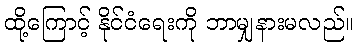
ထို့ကြောင့် နိုင်ငံရေးကို ဘာမျှနားမလည်။